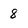
Character: 8